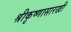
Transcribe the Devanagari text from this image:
श्रीकृष्णासारखी